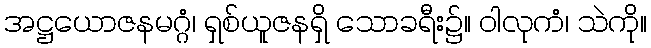
အဋ္ဌယောဇနမဂ္ဂံ၊ ရှစ်ယူဇနရှိ သောခရီး၌။ ဝါလုကံ၊ သဲကို။